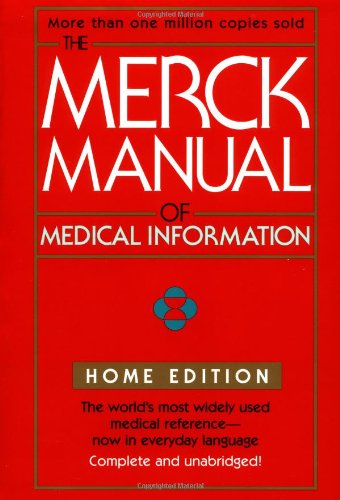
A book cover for The Merck Manual of Medical Information (Merck Manual Home Health Handbook (Quality)); Robert Berkow; Health, Fitness & Dieting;